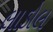
લાડોલ